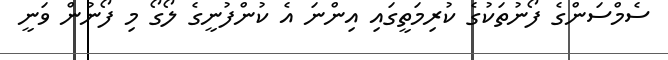
ސެމްސަންގެ ފޯނުތަކުގެ ކުރިމަތީގައި އިންނަ އެ ކުންފުނީގެ ލޯގޯ މި ފޯނުން ވަނީ